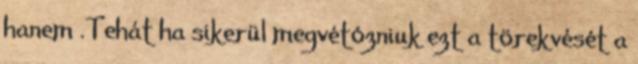
hanem .Tehát ha sikerül megvétózniuk ezt a törekvését a